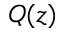
Q ( z )